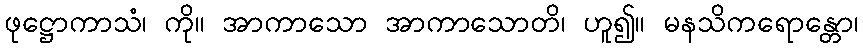
ဖုဋ္ဌောကာသံ၊ ကို။ အာကာသော အာကာသောတိ၊ ဟူ၍။ မနသိကရောန္တော၊